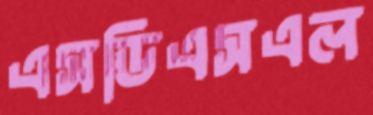
এসডিএসএল